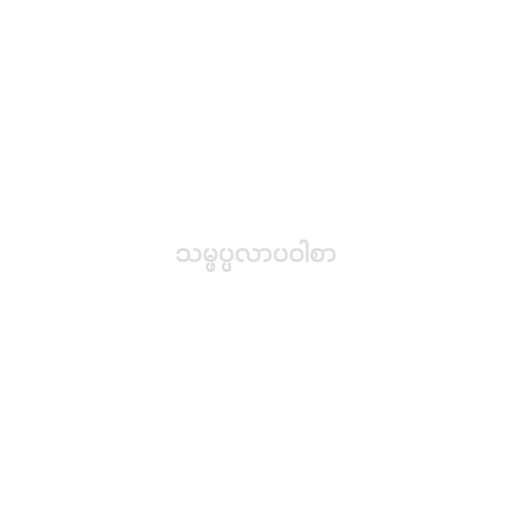
သမ္ဖပ္ပလာပဝါစာ